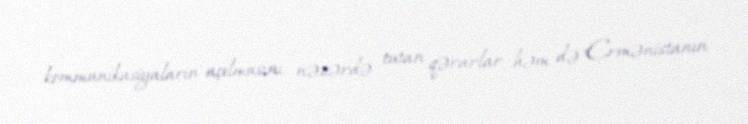
kommunikasiyaların açılmasını nəzərdə tutan qərarlar həm də Ermənistanın